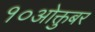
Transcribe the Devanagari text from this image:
१०ओक्तुबर